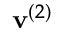
\mathbf { v } ^ { ( 2 ) }